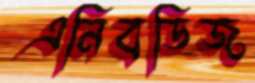
এনিবডিজ